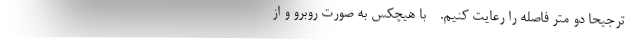
- ترجیحا دو متر فاصله را رعایت کنیم. - با هیچکس به صورت روبرو و از